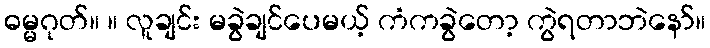
ဓမ္မဂုတ်။ ။ လူချင်း မခွဲချင်ပေမယ့် ကံကခွဲတော့ ကွဲရတာဘဲနော်။